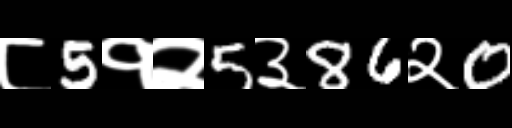
Text: ८5१२5३86२0